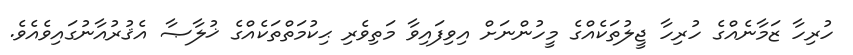
ހުރިހާ ޒަމާނެއްގެ ހުރިހާ ޖީލުތަކެއްގެ މީހުންނަށް އިވިފައިވާ މަތިވެރި ޙިކުމަތްތަކެއްގެ ޚުލާޞާ އެޤުރުއާނުގައިވެއެވެ.